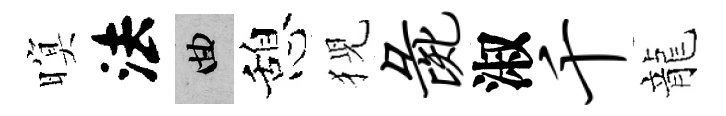
暝法曲憩猊彘淑千龍